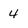
Character: 4